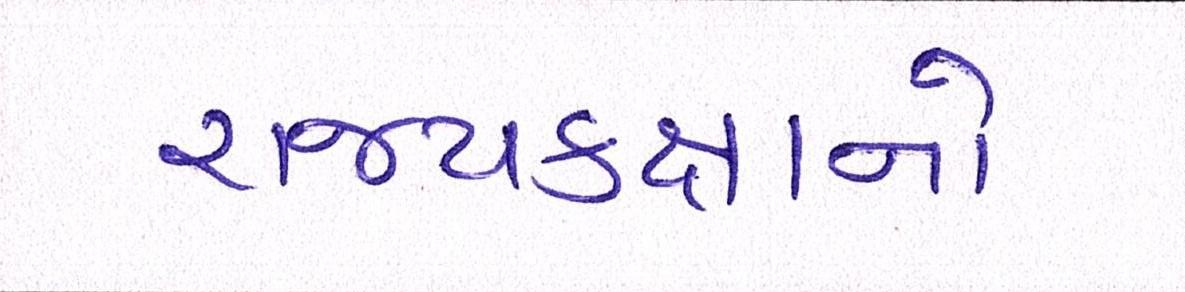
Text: રાજ્યકક્ષાનો